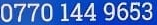
0770 144 9653